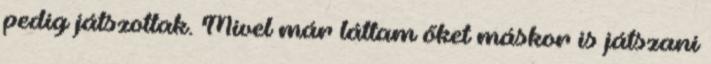
pedig játszottak. Mivel már láttam őket máskor is játszani